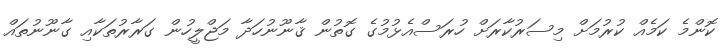
ކޮންމެ ކަމެއް ކުރުމަށް މިސަރުކާރަށް ހުރަސްއެޅުމުގެ ގޮތުން ޤާނޫނުހަދާ މަޖްލީހުން ގަރާރުތަކާއި ގާނޫނުތައް